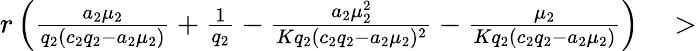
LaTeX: \begin{array}{r}{r\left(\frac{a_{2}\mu_{2}}{q_{2}(c_{2}q_{2}-a_{2}\mu_{2})}+\frac{1}{q_{2}}-\frac{a_{2}\mu_{2}^{2}}{Kq_{2}(c_{2}q_{2}-a_{2}\mu_{2})^{2}}-\frac{\mu_{2}}{Kq_{2}(c_{2}q_{2}-a_{2}\mu_{2})}\right)\quad>}\end{array}